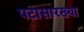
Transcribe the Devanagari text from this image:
पटासारख्या